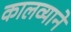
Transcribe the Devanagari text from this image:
कालव्याने